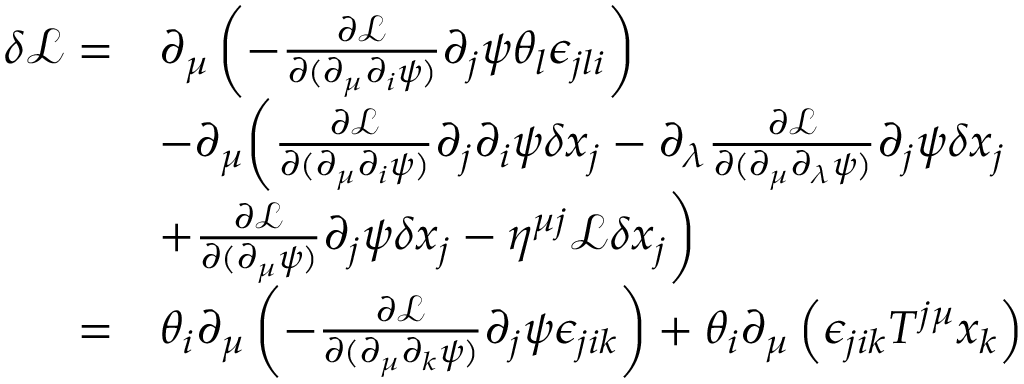
\begin{array} { r l } { \delta \mathcal { L } = } & { \partial _ { \mu } \left( - \frac { \partial \mathcal { L } } { \partial ( \partial _ { \mu } \partial _ { i } \psi ) } \partial _ { j } \psi \theta _ { l } \epsilon _ { j l i } \right) } \\ & { - \partial _ { \mu } \bigg ( \frac { \partial \mathcal { L } } { \partial ( \partial _ { \mu } \partial _ { i } \psi ) } \partial _ { j } \partial _ { i } \psi \delta x _ { j } - \partial _ { \lambda } \frac { \partial \mathcal { L } } { \partial ( \partial _ { \mu } \partial _ { \lambda } \psi ) } \partial _ { j } \psi \delta x _ { j } } \\ & { + \frac { \partial \mathcal L } { \partial ( \partial _ { \mu } \psi ) } \partial _ { j } \psi \delta x _ { j } - \eta ^ { \mu j } \mathcal { L } \delta x _ { j } \bigg ) } \\ { = } & { \theta _ { i } \partial _ { \mu } \left( - \frac { \partial \mathcal { L } } { \partial ( \partial _ { \mu } \partial _ { k } \psi ) } \partial _ { j } \psi \epsilon _ { j i k } \right) + \theta _ { i } \partial _ { \mu } \left( \epsilon _ { j i k } T ^ { j \mu } x _ { k } \right) } \end{array}